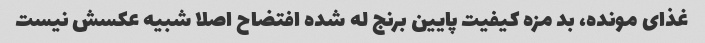
غذاى مونده، بد مزه کیفیت پایین برنج له شده افتضاح اصلا شبیه عکسش نیست